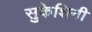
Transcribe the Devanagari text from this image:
सुकेशिनी